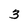
Character: 3